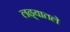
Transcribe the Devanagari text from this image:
लढ्यातले